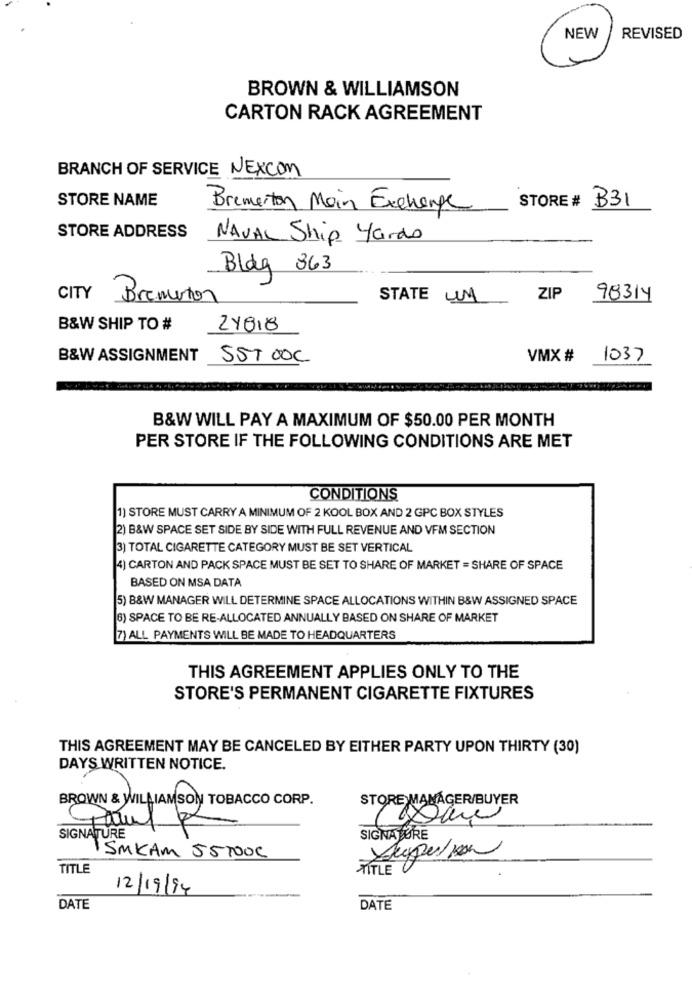
NEW
REVISED
BROWN & WILLIAMSON
CARTON RACK AGREEMENT
BRANCH OF SERVICE NEXCOM
STORE NAME
Bremerton Main Exchange
STORE #
B31
STORE ADDRESS
NAVAL Ship Yards
Bldg 363
CITY
Bremerton
STATE UN
ZIP
98314
B&W SHIP TO #
21018
B&W ASSIGNMENT
SST 00C
VMX #
1037
B&W WILL PAY A MAXIMUM OF $50.00 PER MONTH
PER STORE IF THE FOLLOWING CONDITIONS ARE MET
CONDITIONS
1) STORE MUST CARRY A MINIMUM OF 2 KOOL BOX AND 2 GPC BOX STYLES
2) B&W SPACE SET SIDE BY SIDE WITH FULL REVENUE AND VFM SECTION
3) TOTAL CIGARETTE CATEGORY MUST BE SET VERTICAL
4) CARTON AND PACK SPACE MUST BE SET TO SHARE OF MARKET = SHARE OF SPACE
BASED ON MSA DATA
5) B&W MANAGER WILL DETERMINE SPACE ALLOCATIONS WITHIN B&W ASSIGNED SPACE
(6) SPACE TO BE RE-ALLOCATED ANNUALLY BASED ON SHARE OF MARKET
7) ALL PAYMENTS WILL BE MADE TO HEADQUARTERS
THIS AGREEMENT APPLIES ONLY TO THE
STORE'S PERMANENT CIGARETTE FIXTURES
THIS AGREEMENT MAY BE CANCELED BY EITHER PARTY UPON THIRTY (30)
DAYS WRITTEN NOTICE.
BROWN & WILLIAMSON TOBACCO CORP.
STORE MANAGER/BUYER
SIGNATURE
SIGNATURE
ISMKAM 55TOOC
TITLE
TITLE U
12/19/94
DATE
DATE